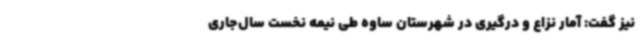
نیز گفت: آمار نزاع و درگیری در شهرستان ساوه طی نیمه نخست سال‌جاری